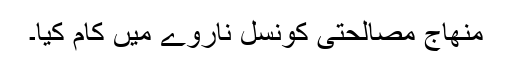
منھاج مصالحتی کونسل ناروے میں کام کیا۔